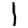
Digit: 1